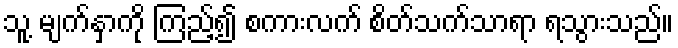
သူ့ မျက်နှာကို ကြည့်၍ စကားလက် စိတ်သက်သာရာ ရသွားသည်။